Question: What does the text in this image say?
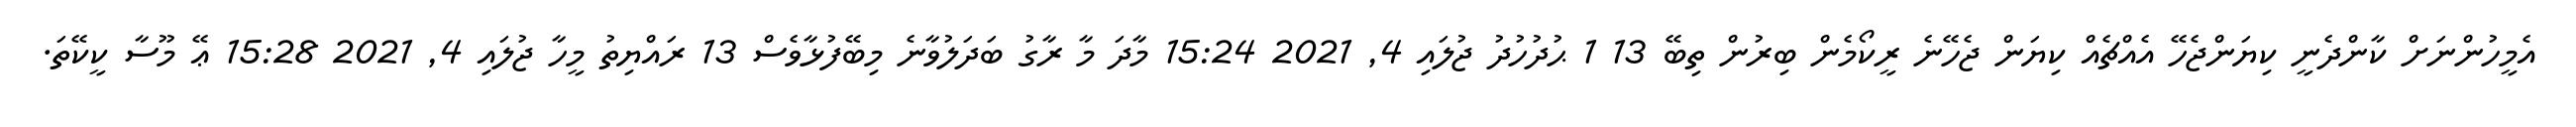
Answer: އެމީހުންނަށް ކާންދެނީ ކިޔަންޖެހޭ އެއްޗެއް ކިޔަން ޖެހޭނެ ރީކޯމެން ބިރުން ތިބޭ 13 1 ޙުދުހުދު ޖުލައި 4, 2021 15:24 މާދަ މާ ރާގު ބަދަލުވާނެ މިބޭފުޅާވެސް 13 ރައްޔިތު މީހާ ޖުލައި 4, 2021 15:28 ޢޭ މޫސާ ކީކޭތަ.